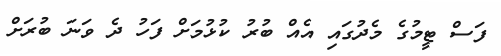
ފަސް ޓީމުގެ މެދުގައި އެއް ބުރު ކުޅުމަށް ފަހު ދެ ވަނަ ބުރަށް